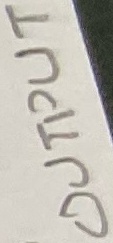
Text: OUTPUT